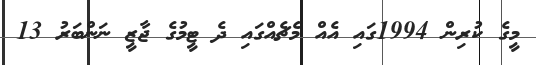
މީގެ ކުރިން 1994ގައި އެއް މެޗެއްގައި ދެ ޓީމުގެ ޖާޒީ ނަންބަރު 13